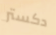
دكستر